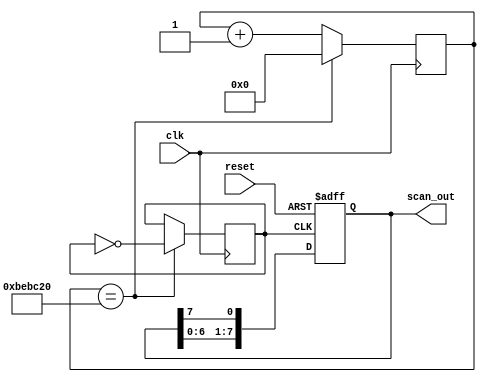
module ringCounter(
reset,
clk,
scan_out
);

input reset,clk;
output [7:0] scan_out;

reg [7:0] ring_counter;
reg [25:0] cnt;
reg clk1;

	always @(posedge clk)
	begin 
		cnt <= cnt + 1;
		if(cnt == 12500000)
		begin
			cnt <= 0;
			clk1 <= ~clk1;
		end
	end

	always @(posedge clk1, negedge reset)
	if(reset == 0)
		ring_counter <= 8'b11111110; //0:on, 1:off
	else if(clk1 == 1)
		begin
			ring_counter[0] <= ring_counter[7];
			ring_counter[7:1] <= ring_counter[6:0];
		end

//------------------------------------Output scan signal--------------------------------------------

	assign scan_out = ring_counter;

endmodule